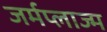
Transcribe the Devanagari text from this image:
जर्मप्लाज्म